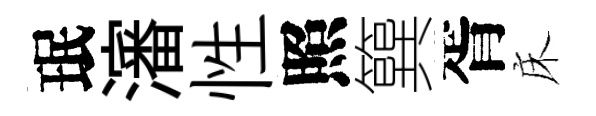
珉瀋性照簨胥床